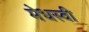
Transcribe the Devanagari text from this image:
मेधस्वी